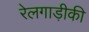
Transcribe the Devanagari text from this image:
रेलगाड़ीकी